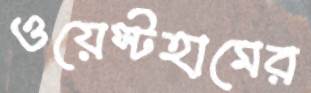
ওয়েস্টহামের